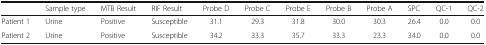
<table><thead><tr><td></td><td><b>Sample type</b></td><td><b>MTB Result</b></td><td><b>RIF Result</b></td><td><b>Probe D</b></td><td><b>Probe C</b></td><td><b>Probe E</b></td><td><b>Probe B</b></td><td><b>Probe A</b></td><td><b>SPC</b></td><td><b>QC-1</b></td><td><b>QC-2</b></td></tr></thead><tbody><tr><td>Patient 1</td><td>Urine</td><td>Positive</td><td>Susceptible</td><td>31.1</td><td>29.3</td><td>31.8</td><td>30.0</td><td>30.3</td><td>26.4</td><td>0.0</td><td>0.0</td></tr><tr><td>Patient 2</td><td>Urine</td><td>Positive</td><td>Susceptible</td><td>34.2</td><td>33.3</td><td>35.7</td><td>33.3</td><td>23.3</td><td>34.0</td><td>0.0</td><td>0.0</td></tr></tbody></table>